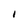
Character: 1